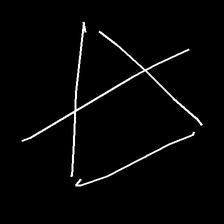
Glyph: empower